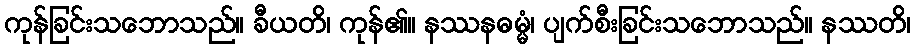
ကုန်ခြင်းသဘောသည်။ ခီယတိ၊ ကုန်၏။ နဿနဓမ္မံ၊ ပျက်စီးခြင်းသဘောသည်။ နဿတိ၊